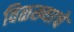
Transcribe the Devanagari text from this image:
विळख्याचे